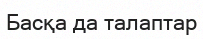
Басқа да талаптар